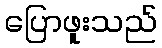
ပြောဖူးသည်